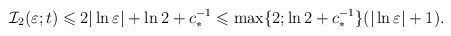
\begin{align*}\mathcal{I}_2(\varepsilon ;t)\leqslant 2 \vert \ln\varepsilon \vert + \ln 2 + c_*^{-1}\leqslant \max \{ 2; \ln 2 + c_*^{-1}\} (\vert \ln\varepsilon \vert+1).\end{align*}